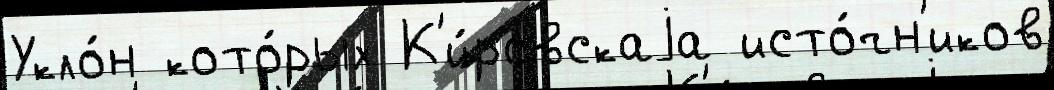
Укло́н кото́рых К'и́ровскаjа исто́чн'иков